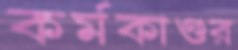
কর্মকাণ্ডর